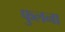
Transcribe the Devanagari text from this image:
फुलना